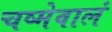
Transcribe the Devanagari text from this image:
चष्मेवालं